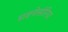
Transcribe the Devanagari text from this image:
डाइनोसॉरिया